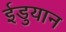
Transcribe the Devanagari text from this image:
ईडुयान